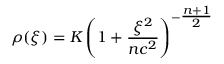
\rho ( \xi ) = K \left( 1 + \frac { \xi ^ { 2 } } { n c ^ { 2 } } \right) ^ { - \textstyle \frac { n + 1 } { 2 } }